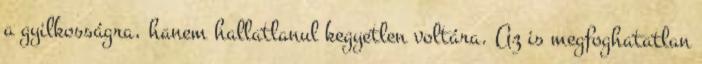
a gyilkosságra, hanem hallatlanul kegyetlen voltára. Az is megfoghatatlan